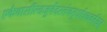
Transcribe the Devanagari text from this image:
एकैवासीत्यजुर्वेदस्तंचतुर्धाःव्यवर्तयत्